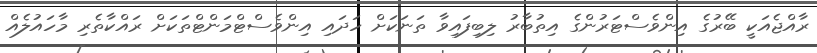
ރާއްޖެއަކީ ބޭރުގެ އިންވެސްޓަރުންގެ އިތުބާރު ލިބިފައިވާ ތަނަކަށް ހަދައި އިންވެސްޓްމަންޓްތަކަށް ރައްކާތެރި މާހައުލެއް